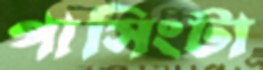
পাসিংটা